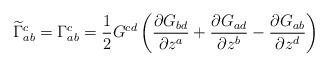
LaTeX: \begin{align*}\widetilde{\Gamma}^c_{ab}=\Gamma^c_{ab}=\frac{1}{2}G^{cd}\left(\frac{\partial G_{bd}}{\partial z^a}+\frac{\partial G_{ad}}{\partial z^b}-\frac{\partial G_{ab}}{\partial z^d}\right)\end{align*}